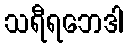
သရီရဘေဒါ